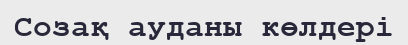
Созақ ауданы көлдері